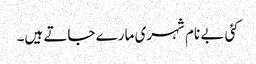
کئی بے نام شہری مارے جاتے ہیں۔